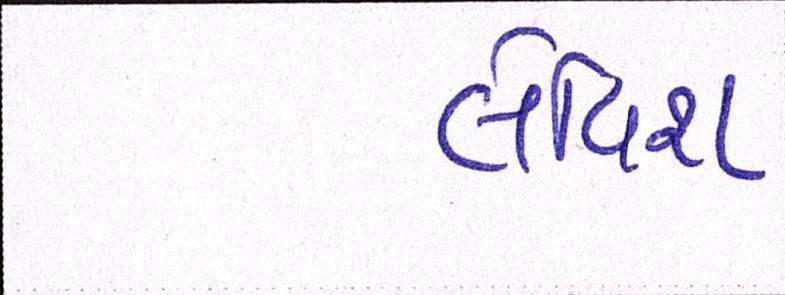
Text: લેવિશ